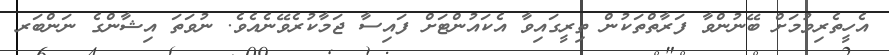
އެހީތެރިވުމަށް ބޭނުންވާ ފަރާތްތަކުން ތިރީގައިވާ އެކައުންޓަށް ފައިސާ ޖަމާކުރެވޭނެއެވެ. ނުވަތަ އިޝާންގެ ނަންބަރ